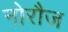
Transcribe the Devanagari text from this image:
नोरौज